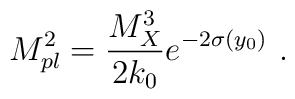
M_{pl}^2 = {{M_X^3}\over\displaystyle {2k_0}} e^{-2\sigma(y_0)}~.~\,